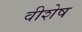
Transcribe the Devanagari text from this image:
वीशेष